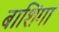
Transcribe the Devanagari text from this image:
बाशिंगा